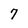
Character: 7